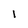
Character: 1